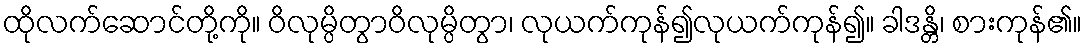
ထိုလက်ဆောင်တို့ကို။ ဝိလုမ္ပိတွာဝိလုမ္ပိတွာ၊ လုယက်ကုန်၍လုယက်ကုန်၍။ ခါဒန္တိ၊ စားကုန်၏။